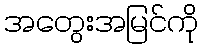
အတွေးအမြင်ကို